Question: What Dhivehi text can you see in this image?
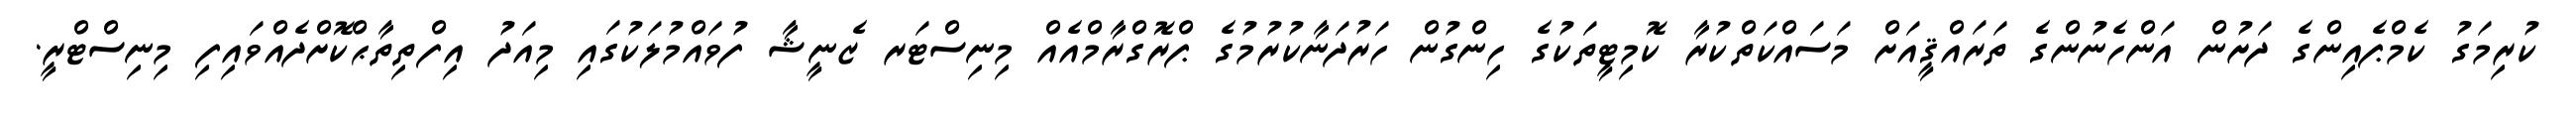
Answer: ކުރިމަގު ކެމްޕެއިންގެ ދަށުން އަންހެނުންގެ ތަރައްޤީއަށް މަސައްކަތްކުރާ ކޮމިޓީތަކުގެ ހިންގުން ހަރުދަނާކުރުމުގެ ޕްރޮގްރާމްއެއް މިނިސްޓަރ ޒެނީޝާ ފުވައްމުލަކުގައި މިއަދު އިފްތިތާޙްކޮށްދެއްވައިފި މިނިސްޓްރީ.